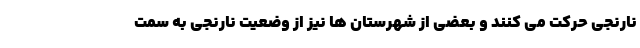
نارنجی حرکت می کنند و بعضی از شهرستان ها نیز از وضعیت نارنجی به سمت